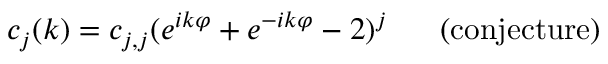
c _ { j } ( k ) = c _ { j , j } ( e ^ { i k \varphi } + e ^ { - i k \varphi } - 2 ) ^ { j } \; \; \; \; \; \; \mathrm { ( c o n j e c t u r e ) }